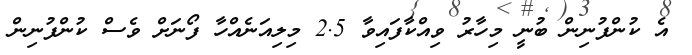
އެ ކުންފުނިން ބުނީ މިހާރު ވިއްކާފައިވާ 2.5 މިލިއަނެއްހާ ފޯނަށް ވެސް ކުންފުނިން